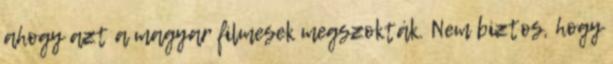
ahogy azt a magyar filmesek megszokták. Nem biztos, hogy